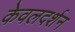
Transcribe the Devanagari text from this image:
केवलदर्शन